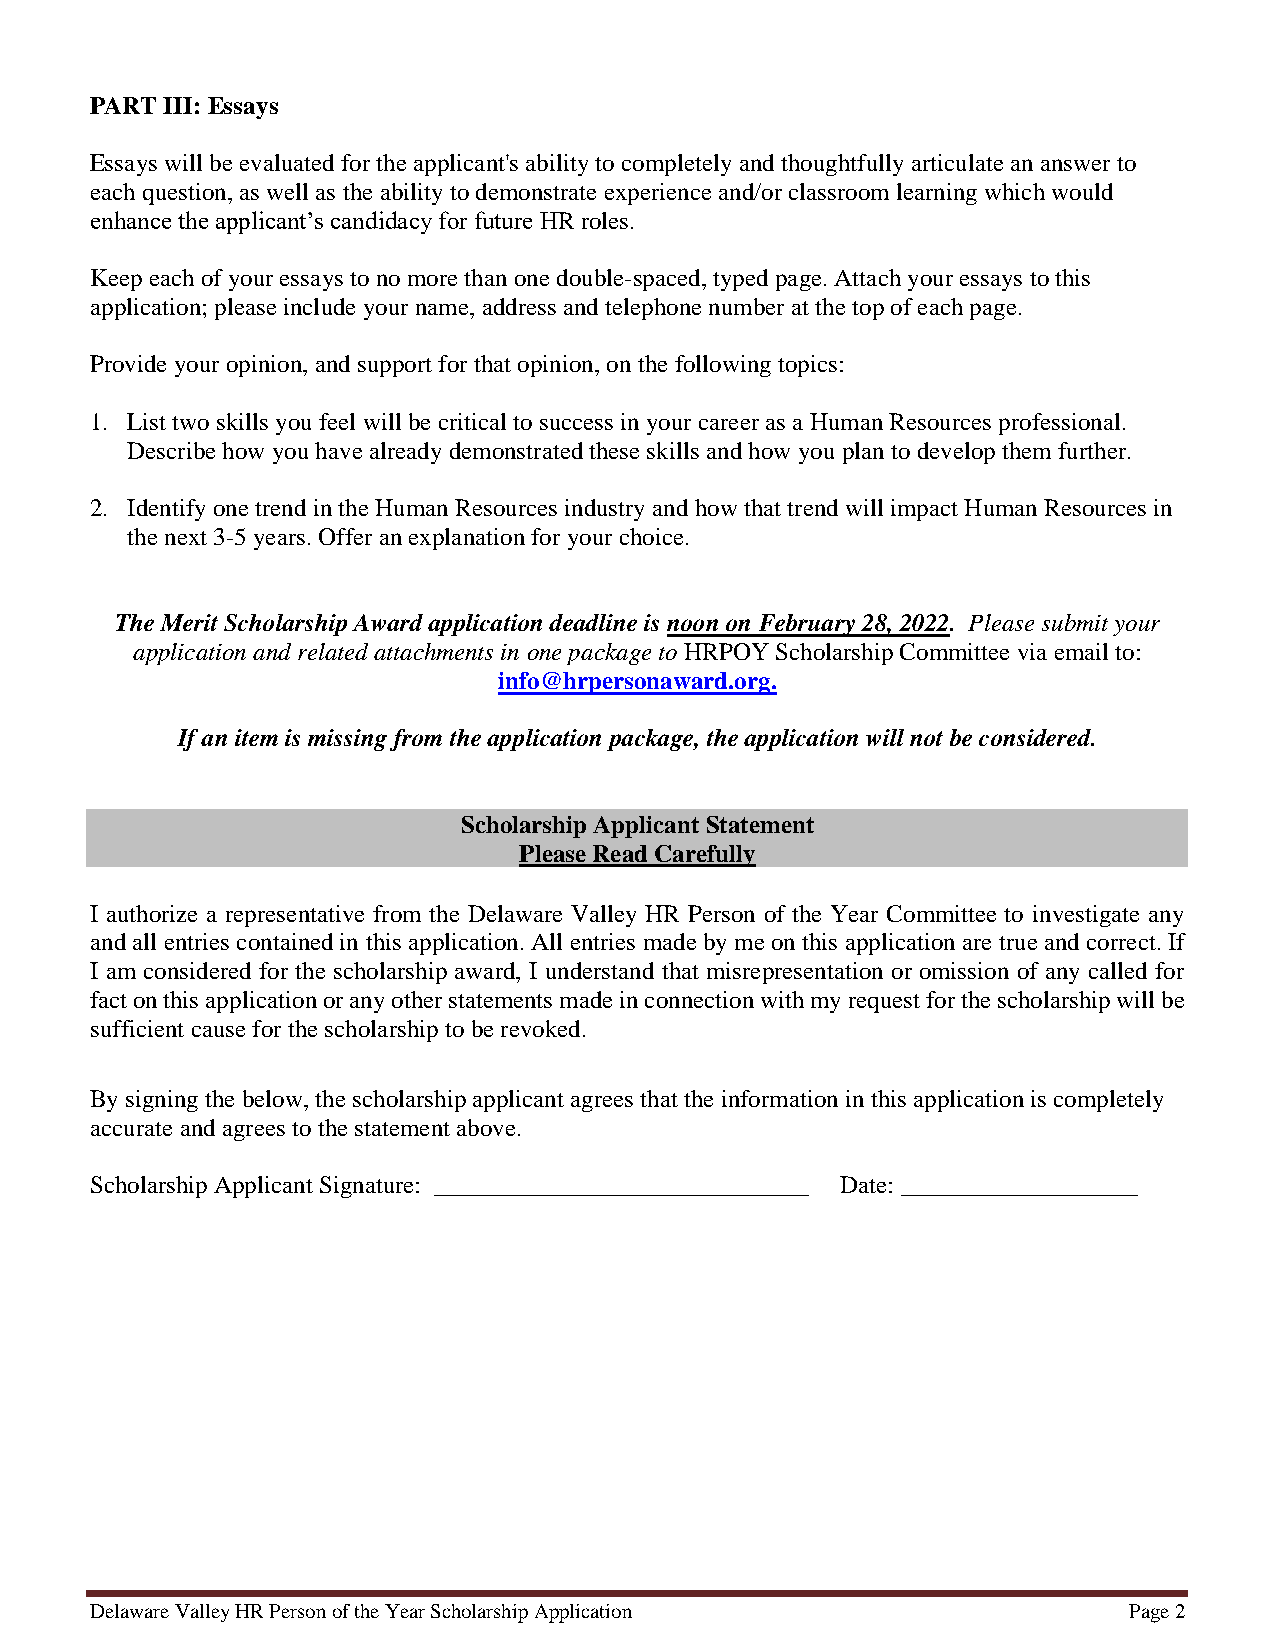
PART III: Essays
 Essays will be evaluated for the applicant's ability to completely and thoughtfully articulate an answer to
 each question, as well as the ability to demonstrate experience and/or classroom learning which would
 enhance the applicant’s candidacy for future HR roles.
 Keep each of your essays to no more than one double-spaced, typed page. Attach your essays to this
 application; please include your name, address and telephone number at the top of each page.
 Provide your opinion, and support for that opinion, on the following topics:
 1. List two skills you feel will be critical to success in your career as a Human Resources professional.
 Describe how you have already demonstrated these skills and how you plan to develop them further.
 2. Identify one trend in the Human Resources industry and how that trend will impact Human Resources in
 the next 3-5 years. Offer an explanation for your choice.
 The Merit Scholarship Award application deadline is noon on February 28, 2022. Please submit your
 application and related attachments in one package to HRPOY Scholarship Committee via email to:
 info@hrpersonaward.org.
 If an item is missing from the application package, the application will not be considered.
 Scholarship Applicant Statement
 Please Read Carefully
 I authorize a representative from the Delaware Valley HR Person of the Year Committee to investigate any
 and all entries contained in this application. All entries made by me on this application are true and correct. If
 I am considered for the scholarship award, I understand that misrepresentation or omission of any called for
 fact on this application or any other statements made in connection with my request for the scholarship will be
 sufficient cause for the scholarship to be revoked.
 By signing the below, the scholarship applicant agrees that the information in this application is completely
 accurate and agrees to the statement above.
 Scholarship Applicant Signature: ______________________________ Date: ___________________
 Delaware Valley HR Person of the Year Scholarship Application        Page 2